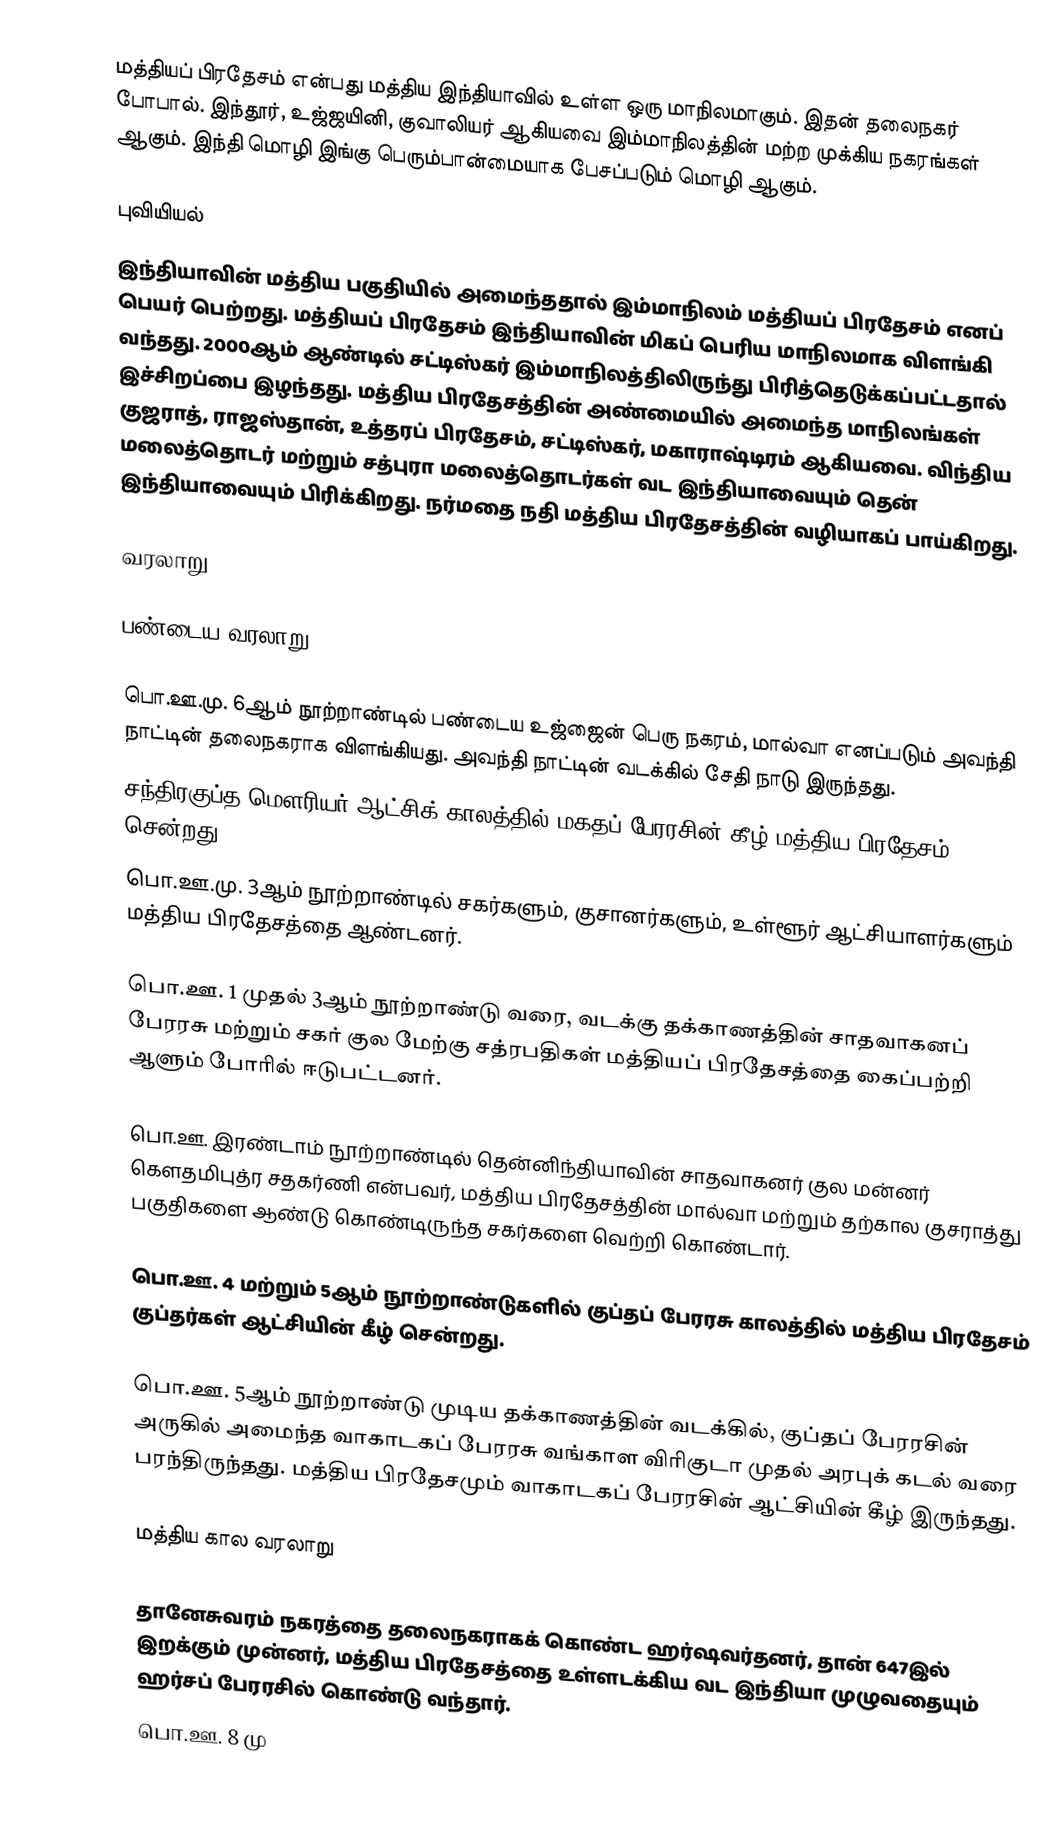
மத்தியப் பிரதேசம் என்பது மத்திய இந்தியாவில் உள்ள ஒரு மாநிலமாகும். இதன் தலைநகர் போபால். இந்தூர், உஜ்ஜயினி, குவாலியர் ஆகியவை இம்மாநிலத்தின் மற்ற முக்கிய நகரங்கள் ஆகும். இந்தி மொழி இங்கு பெரும்பான்மையாக பேசப்படும் மொழி ஆகும்.

புவியியல்
இந்தியாவின் மத்திய பகுதியில் அமைந்ததால் இம்மாநிலம் மத்தியப் பிரதேசம் எனப் பெயர் பெற்றது. மத்தியப் பிரதேசம் இந்தியாவின் மிகப் பெரிய மாநிலமாக விளங்கி வந்தது. 2000ஆம் ஆண்டில் சட்டிஸ்கர் இம்மாநிலத்திலிருந்து பிரித்தெடுக்கப்பட்டதால் இச்சிறப்பை இழந்தது. மத்திய பிரதேசத்தின் அண்மையில் அமைந்த மாநிலங்கள் குஜராத், ராஜஸ்தான், உத்தரப் பிரதேசம், சட்டிஸ்கர், மகாராஷ்டிரம் ஆகியவை. விந்திய மலைத்தொடர் மற்றும் சத்புரா மலைத்தொடர்கள் வட இந்தியாவையும் தென் இந்தியாவையும் பிரிக்கிறது. நர்மதை நதி மத்திய பிரதேசத்தின் வழியாகப் பாய்கிறது.

வரலாறு

பண்டைய வரலாறு

பொ.ஊ.மு. 6ஆம் நூற்றாண்டில் பண்டைய உஜ்ஜைன் பெரு நகரம், மால்வா எனப்படும் அவந்தி நாட்டின் தலைநகராக விளங்கியது. அவந்தி நாட்டின் வடக்கில் சேதி நாடு இருந்தது.
சந்திரகுப்த மௌரியர் ஆட்சிக் காலத்தில் மகதப் பேரரசின் கீழ் மத்திய பிரதேசம் சென்றது.
பொ.ஊ.மு. 3ஆம் நூற்றாண்டில் சகர்களும், குசானர்களும், உள்ளூர் ஆட்சியாளர்களும் மத்திய பிரதேசத்தை  ஆண்டனர்.

பொ.ஊ. 1 முதல் 3ஆம் நூற்றாண்டு வரை, வடக்கு தக்காணத்தின் சாதவாகனப் பேரரசு மற்றும் சகர் குல மேற்கு சத்ரபதிகள் மத்தியப் பிரதேசத்தை கைப்பற்றி ஆளும் போரில் ஈடுபட்டனர்.

பொ.ஊ. இரண்டாம் நூற்றாண்டில் தென்னிந்தியாவின் சாதவாகனர் குல மன்னர் கௌதமிபுத்ர சதகர்ணி  என்பவர், மத்திய பிரதேசத்தின் மால்வா மற்றும் தற்கால குசராத்து பகுதிகளை ஆண்டு கொண்டிருந்த சகர்களை வெற்றி கொண்டார்.

பொ.ஊ. 4 மற்றும் 5ஆம் நூற்றாண்டுகளில் குப்தப் பேரரசு காலத்தில் மத்திய பிரதேசம் குப்தர்கள் ஆட்சியின் கீழ் சென்றது.

பொ.ஊ. 5ஆம் நூற்றாண்டு முடிய தக்காணத்தின் வடக்கில், குப்தப் பேரரசின் அருகில் அமைந்த வாகாடகப் பேரரசு வங்காள விரிகுடா முதல் அரபுக் கடல் வரை பரந்திருந்தது. மத்திய பிரதேசமும் வாகாடகப் பேரரசின்  ஆட்சியின் கீழ் இருந்தது.

மத்திய கால வரலாறு

தானேசுவரம் நகரத்தை தலைநகராகக் கொண்ட ஹர்ஷவர்தனர், தான் 647இல் இறக்கும் முன்னர், மத்திய பிரதேசத்தை உள்ளடக்கிய வட இந்தியா முழுவதையும் ஹர்சப் பேரரசில் கொண்டு வந்தார்.
பொ.ஊ. 8 மு